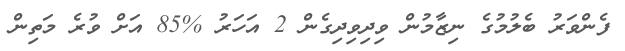
ފެންވަރު ބެލުމުގެ ނިޒާމުން ވިދިވިދިގެން 2 އަހަރު %85 އަށް ވުރެ މަތިން